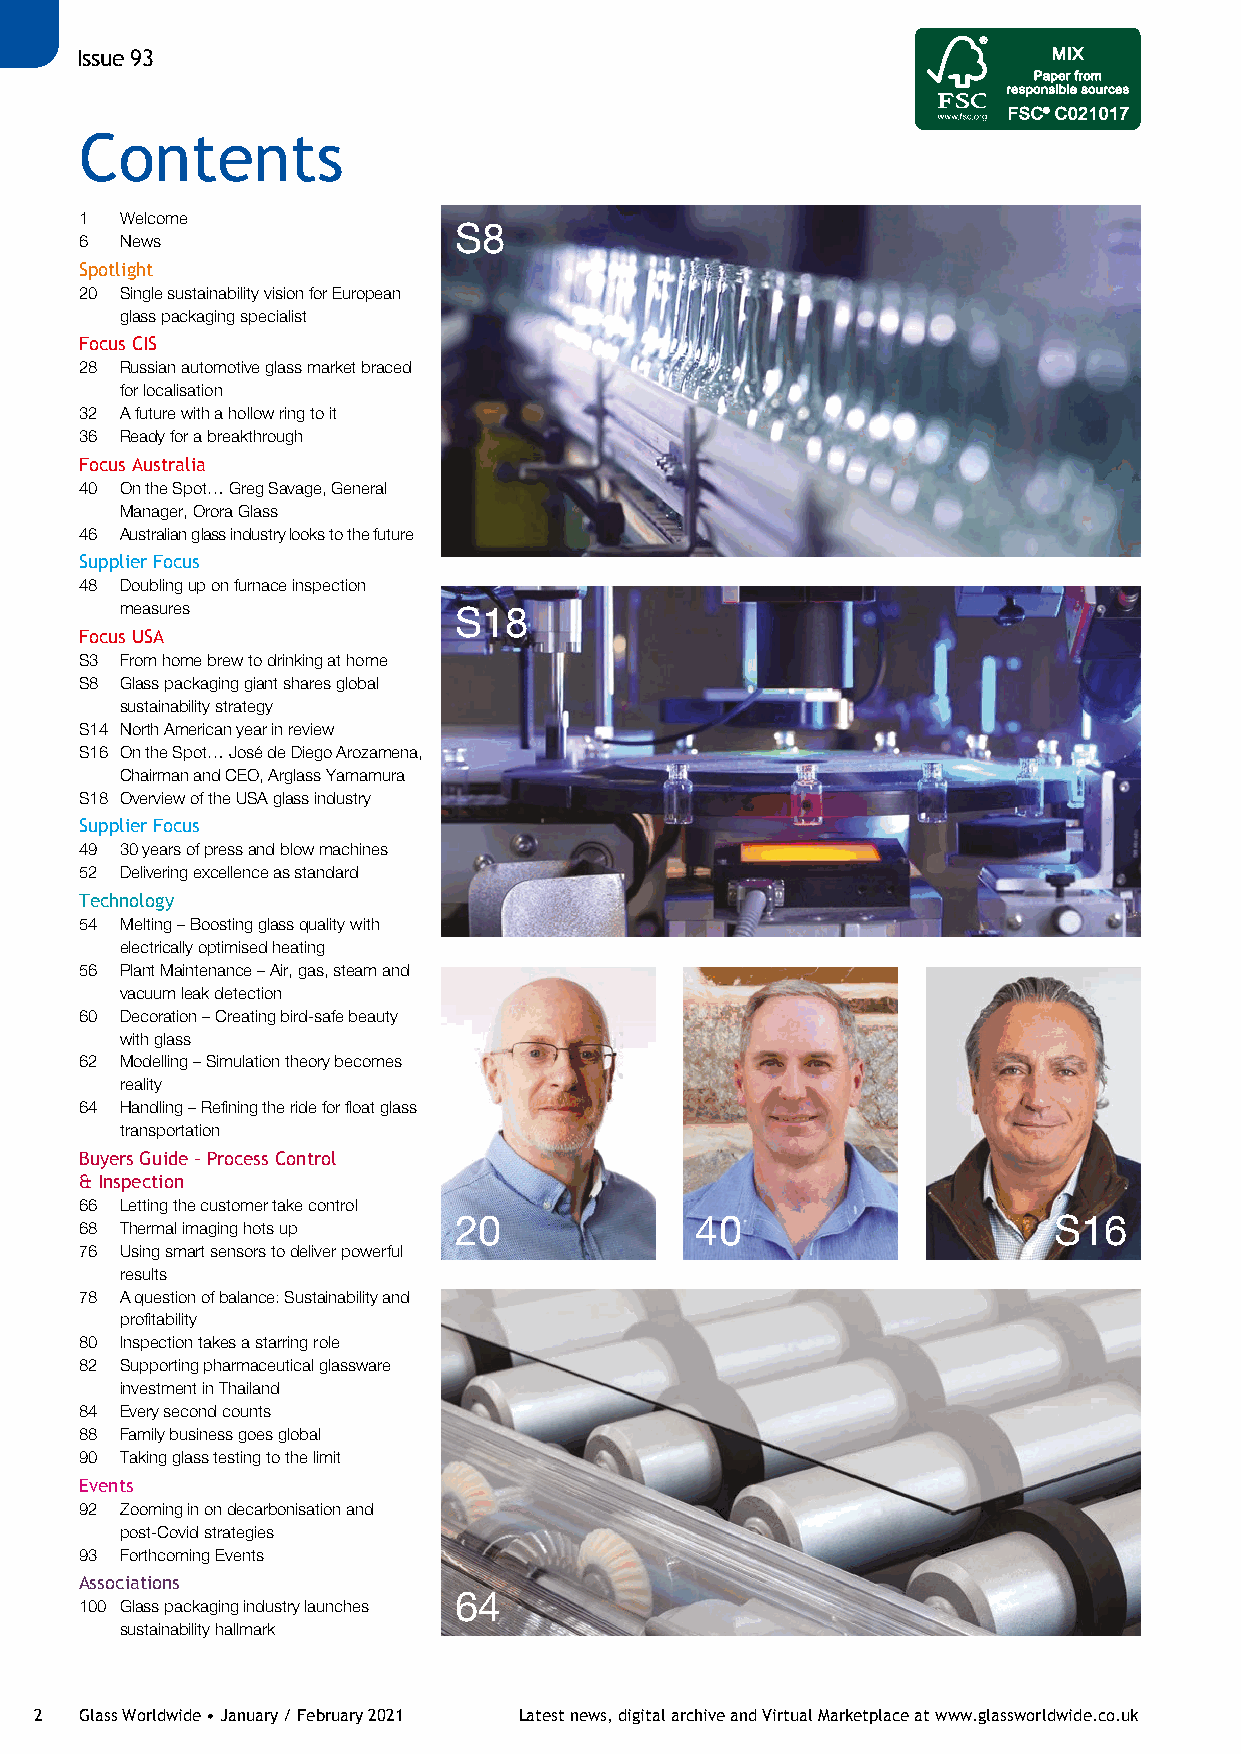
Issue 93
 Contents
 1  Welcome
 6  News                  S8
 Spotlight
 20 Single sustainability vision for European
 glass packaging specialist
 Focus CIS
 28 Russian automotive glass market braced
 for localisation
 32 A future with a hollow ring to it
 36 Ready for a breakthrough
 Focus Australia
 40 On the Spot… Greg Savage, General
 Manager, Orora Glass
 46 Australian glass industry looks to the future
 Supplier Focus
 48 Doubling up on furnace inspection
 measures
 S18
 Focus USA
 S3 From home brew to drinking at home
 S8 Glass packaging giant shares global
 sustainability strategy
 S14 North American year in review
 S16 On the Spot… José de Diego Arozamena,
 Chairman and CEO, Arglass Yamamura
 S18 Overview of the USA glass industry
 Supplier Focus
 49 30 years of press and blow machines
 52 Delivering excellence as standard
 Technology
 54 Melting – Boosting glass quality with
 electrically optimised heating
 56 Plant Maintenance – Air, gas, steam and
 vacuum leak detection
 60 Decoration – Creating bird-safe beauty
 with glass
 62 Modelling – Simulation theory becomes
 reality
 64 Handling – Refining the ride for float glass
 transportation
 Buyers Guide – Process Control
 & Inspection
 66 Letting the customer take control
 68 Thermal imaging hots up 20            40                      S16
 76 Using smart sensors to deliver powerful
 results
 78 A question of balance: Sustainability and
 profitability
 80 Inspection takes a starring role
 82 Supporting pharmaceutical glassware
 investment in Thailand
 84 Every second counts
 88 Family business goes global
 90 Taking glass testing to the limit
 Events
 92 Zooming in on decarbonisation and
 post-Covid strategies
 93 Forthcoming Events
 Associations
 100 Glass packaging industry launches 64
 sustainability hallmark
 2  Glass Worldwide • January / February 2021 Latest news, digital archive and Virtual Marketplace at www.glassworldwide.co.uk